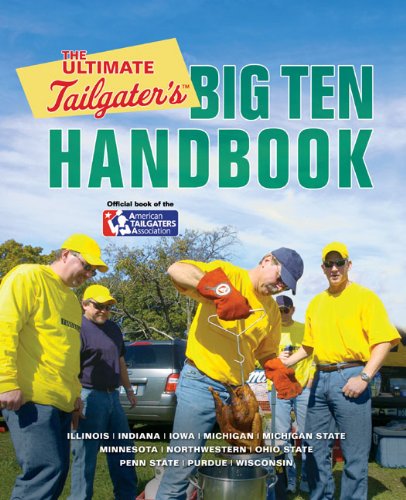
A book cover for The Ultimate Tailgater's Big Ten Handbook; Stephen Linn; Cookbooks, Food & Wine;